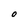
Character: O